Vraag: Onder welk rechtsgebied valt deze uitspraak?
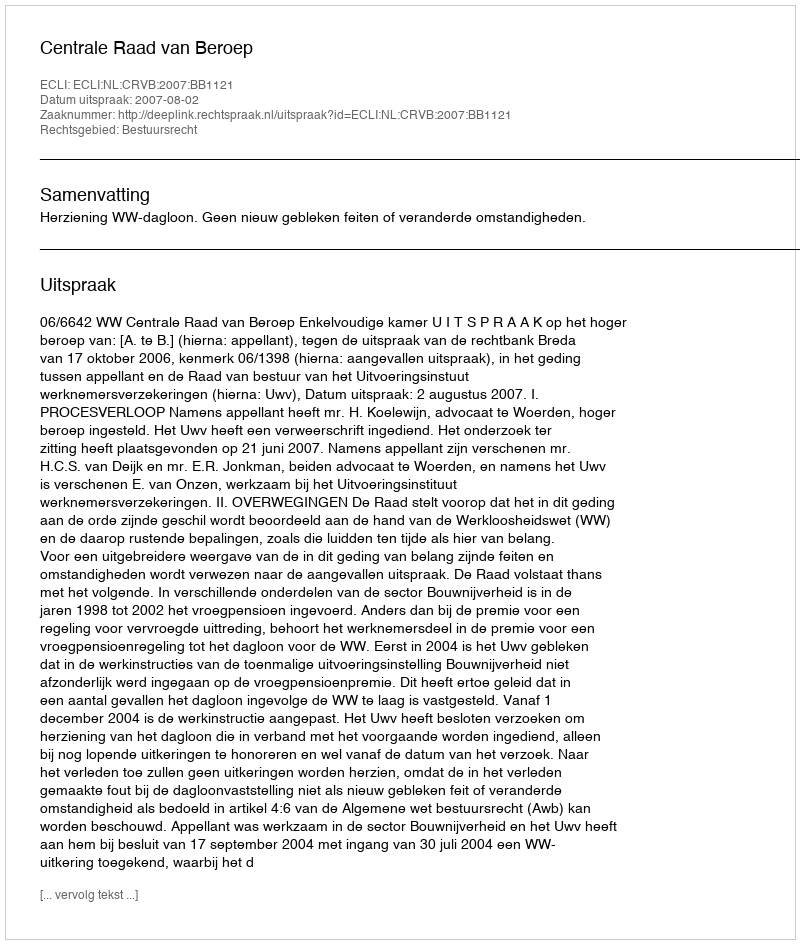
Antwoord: Bestuursrecht